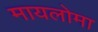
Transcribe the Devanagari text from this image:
मायलोमा